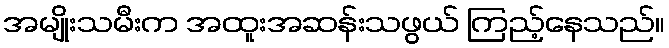
အမျိုးသမီးက အထူးအဆန်းသဖွယ် ကြည့်နေသည်။